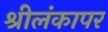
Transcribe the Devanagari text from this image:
श्रीलंकापर